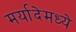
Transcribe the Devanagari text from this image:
मर्यादेमध्ये